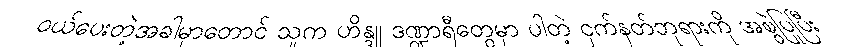
ဝယ်ပေးတဲ့အခါမှာတောင် သူက ဟိန္ဒူ ဒဏ္ဍာရီတွေမှာ ပါတဲ့ ငှက်နတ်ဘုရားကို အစွဲပြုပြီး